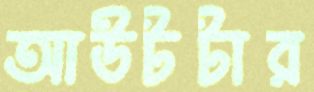
আউটটার